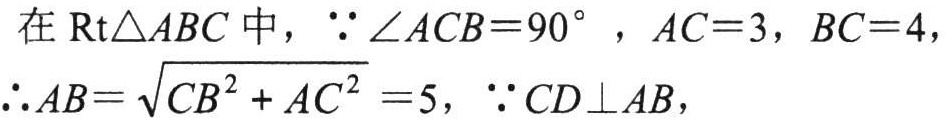
在$\text{Rt}\triangle ABC$中，$\because \angle ACB = 90^{\circ}$，$AC = 3$，$BC = 4$，

$\therefore AB=\sqrt{CB^{2}+AC^{2}} = 5$，$\because CD\perp AB$，